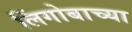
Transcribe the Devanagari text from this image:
लिंगोबाच्या